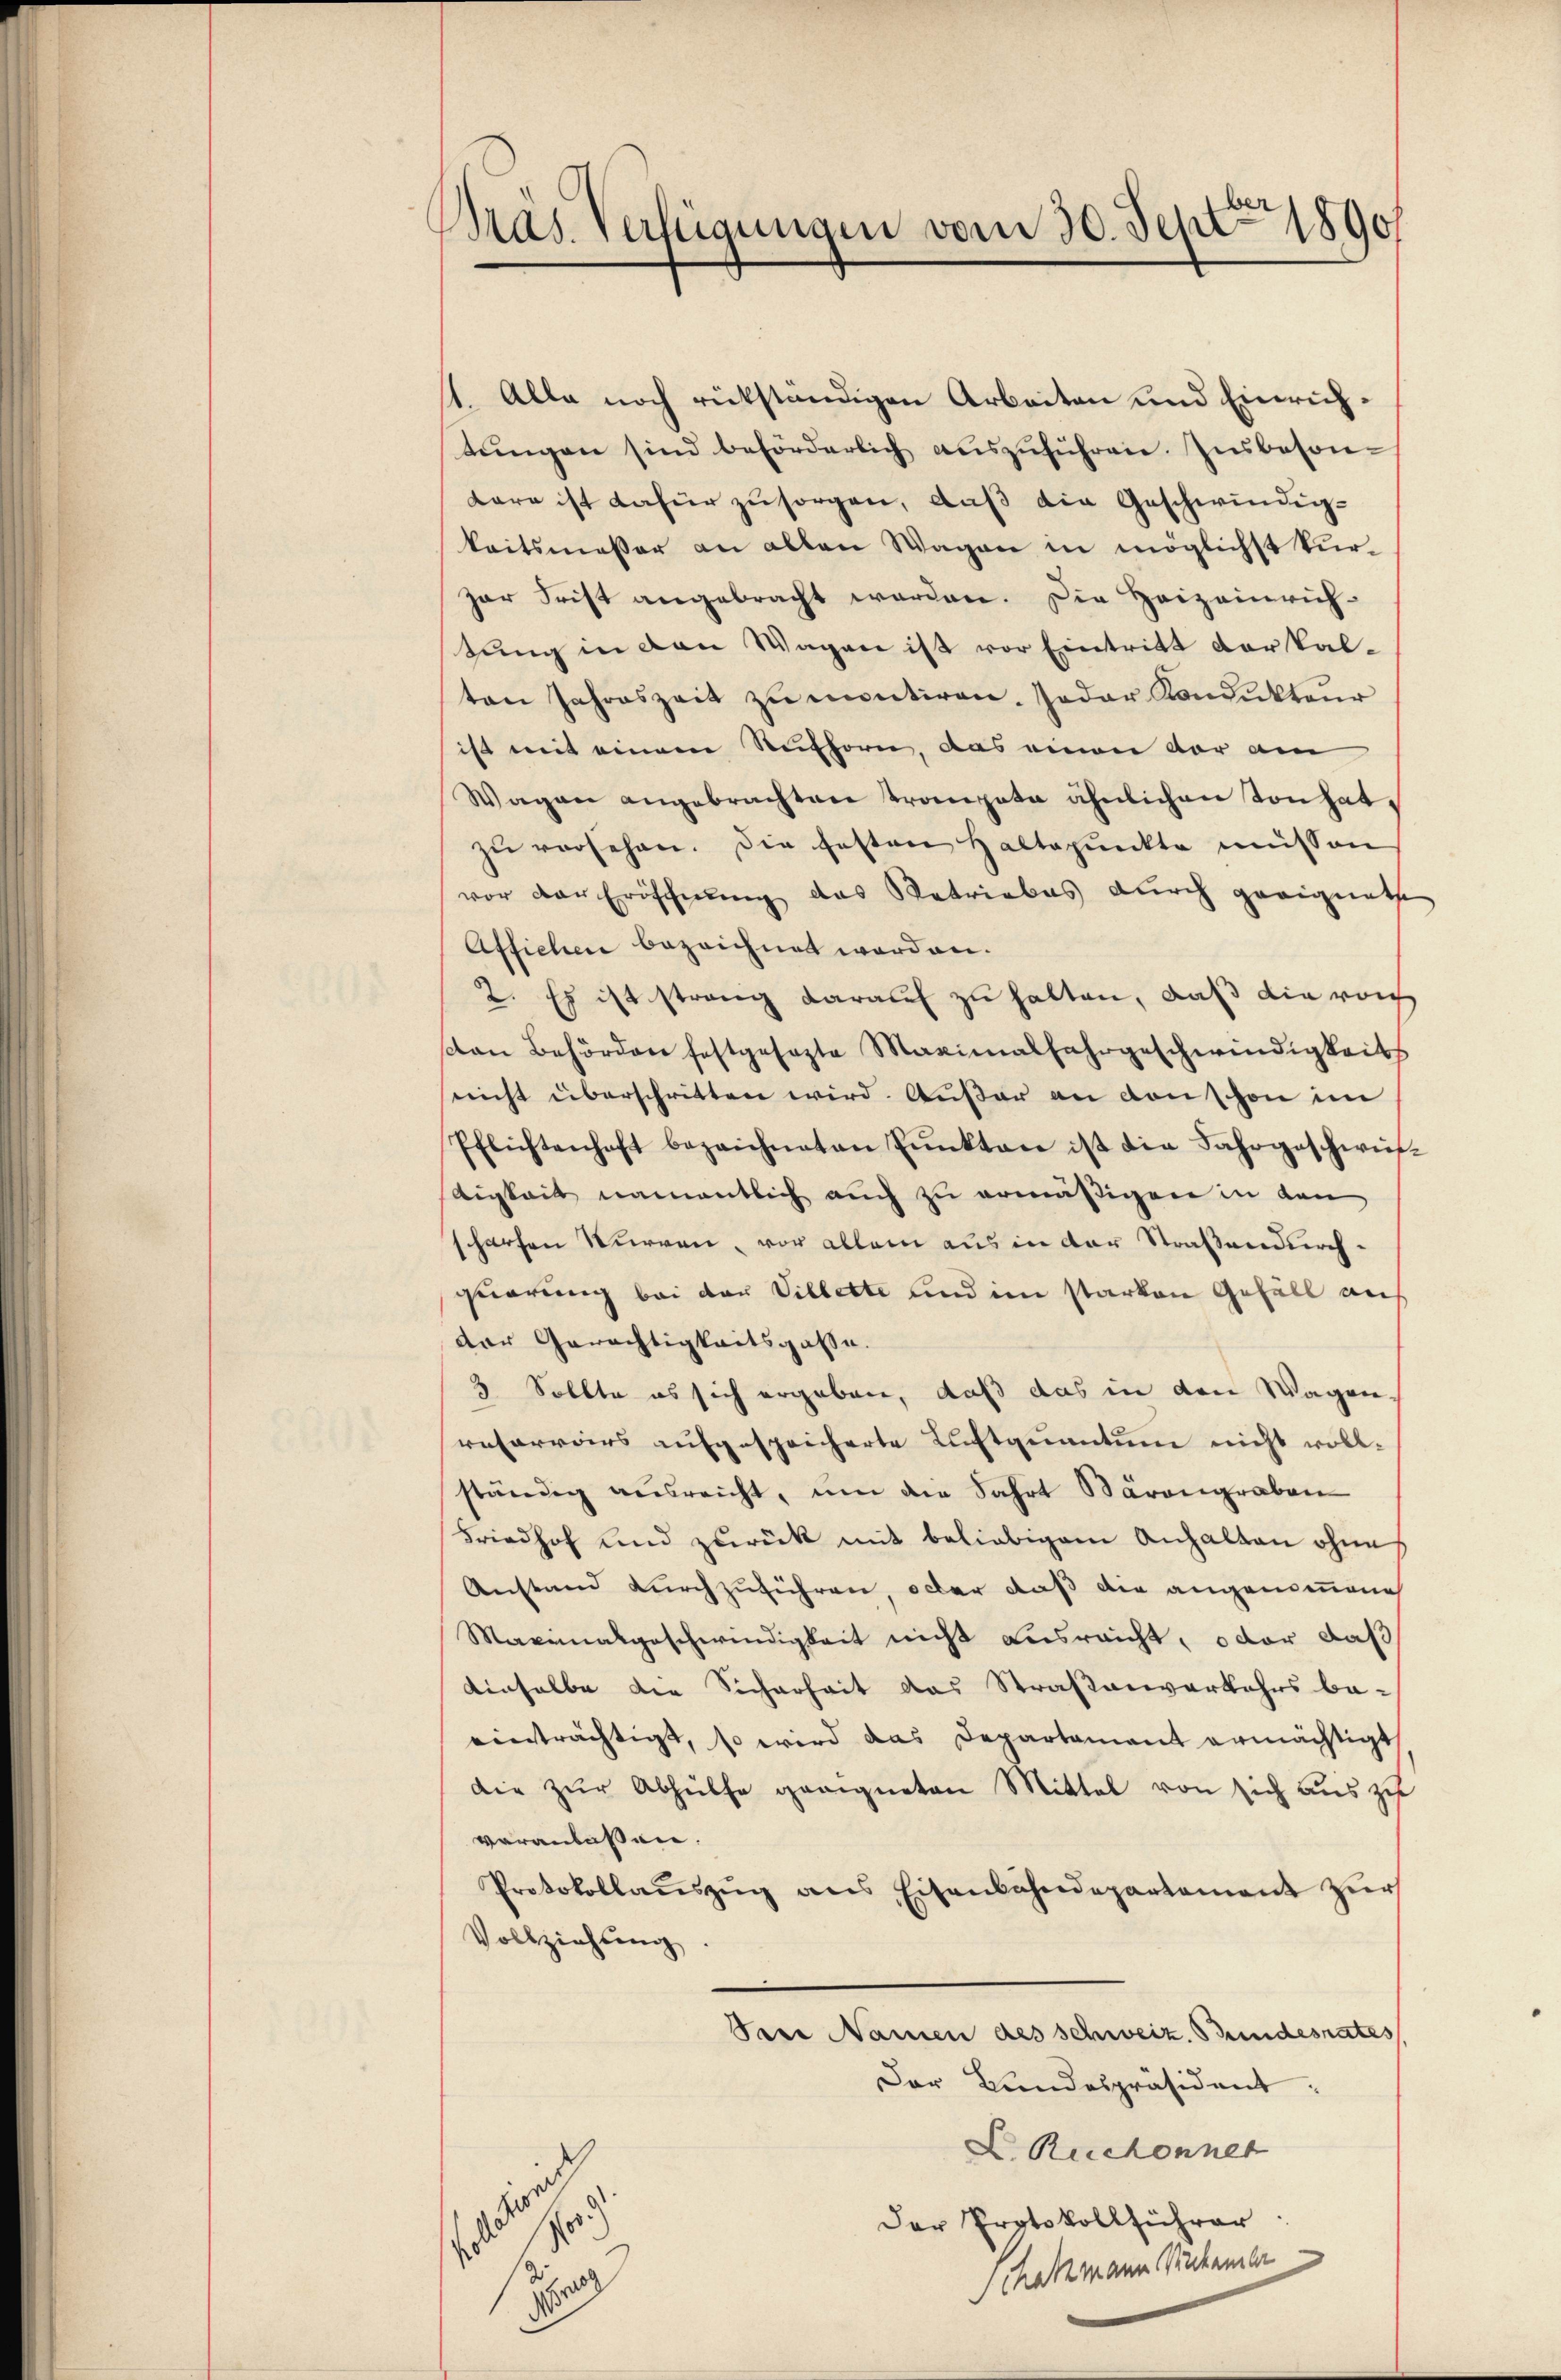
Präs. Verfügungen vom 30. Sept 1890

1. Alle noch rükständigen Arbeiten und Einrichtŭngen sind beförderlich aŭszŭführen. Insbeson-
Lare ist dafür zu sorgen, daß die Geschwindigkeitsmesser an allen Wagen in möglichst kürzar Frist angebracht werden. Die Heizeinrich-
tung in den Wagen ist vor Eintritt der kal-
ten Jahreszeit zŭ ementiren. Jeder Kondŭkteŭr
ist mit einem Ruthorn, das einen vor am
Wagen angebrachten Trompeta ähnlichen Tonhatzŭ versehen. Die festen Haltpŭnkte müssen
vor der Eröschnung das Retriebes durch geeignete
Affichen bezeichnet worden.
2. Es ist strang darauf zu halten, daß die vorh
can Behördere festgesezte Maximalfahrgeschwindigkeits
nicht überschritten wird. Außer an von schon im
Pflichtenhaft bezeichneten Pŭnkten ist die Fahrgeschwis-
digkeit namentlich auch zu ermäßigen in den
scharfen Wurren, vor allem aus in der Straßendurchquarung bei der Villette und im starken Gefäll ander Gewächtigkeitsgasse.
3 Sollte es sich ergeben, daß das in den Wagen-
resarrars aufgespricherte Luftquantum nicht vollständig ausreicht, um die Fahrt Bärengraben
Friedhof und zurück mit beliebigem Anhalten ohne
Anstand durchzuführen, oder daß die angenommene
Maximalgeschwindigkeit nicht ausreicht, oder daß
denselbe die Sicherheit das Straßenverkehrs be-
einträchtigt, so wird das Departament ermächtigt
die zŭr Abhülfe geeigneten Mittel von sich aus zu
veranlassen.
Protokollaŭszŭg ans Eisenbahndepartement zŭr
Vollziehung
Sere Namen des schweiz. Bundesrates
Der Bundespräsident:
E. Ruchonner
Der Protokollführer
f
chatzmann Ruhamer
s